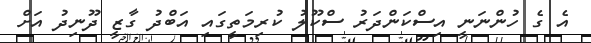
އެ ގެ ހުންނަނީ އިސްކަންދަރު ސްކޫލު ކުރިމަތީގައި އަބްދު ގާޒީ ދޫނިދު އަށް